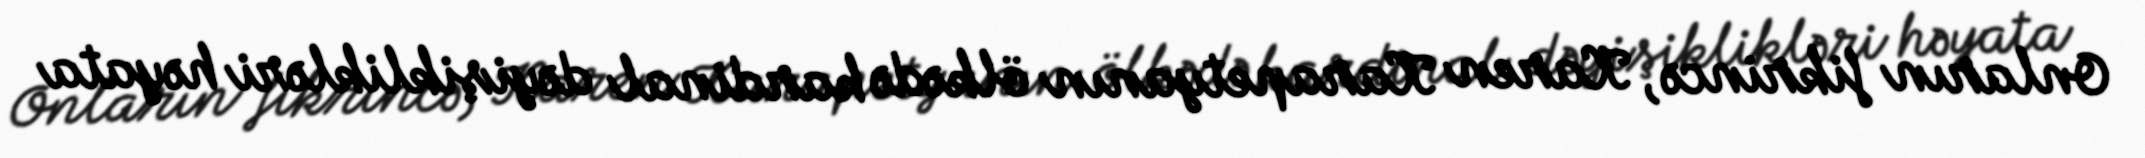
Onların fikrincə, Karen Karapetyanın ölkədə kardinal dəyişiklikləri həyata